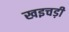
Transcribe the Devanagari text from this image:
खइचड़ी